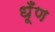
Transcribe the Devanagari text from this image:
धूँण